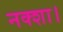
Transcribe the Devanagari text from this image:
नक्शा।